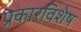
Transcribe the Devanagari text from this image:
प्रकारविशेष